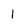
Character: 1